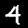
Label: 4